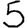
Digit: 5